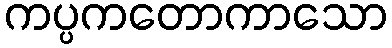
ကပ္ပကတောကာသော